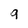
Character: q